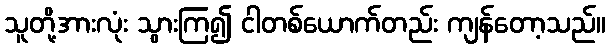
သူတို့အားလုံး သွားကြ၍ ငါတစ်ယောက်တည်း ကျန်တော့သည်။